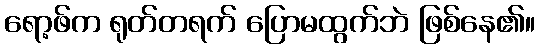
ရော့ဖ်က ရုတ်တရက် ပြောမထွက်ဘဲ ဖြစ်နေ၏။